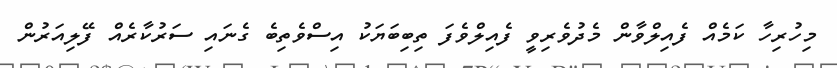
މިހުރިހާ ކަމެއް ފެއިލްވާން މެދުވެރިވީ ފެއިލްވެފަ ތިބިބަޔަކު އިސްވެތިބެ ގެނައި ސަރުކާރެއް ފޭލިއަރުން